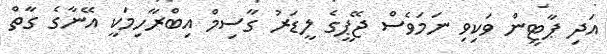
އަދި ޕާޓީން ވަކިވި ނަމަވެސް ޖޭޕީގެ ލީޑަރު ގާސިމް އިބްރާހިމަކީ އޭނާގެ ގާތް